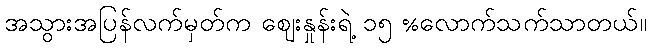
အသွားအပြန်လက်မှတ်က ဈေးနှုန်းရဲ့ ၁၅ %လောက်သက်သာတယ်။